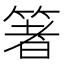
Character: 箸